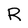
Character: R